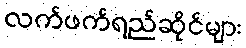
လက်ဖက်ရည်ဆိုင်များ